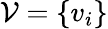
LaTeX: \mathcal{V}=\{ v_{i}\}